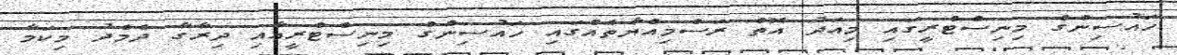
ހައުސިންގް މިނިސްޓްރީގައި މިއަދު އޮތް ރަސްމިއްޔާތެއްގައި ހައުސިންގް މިނިސްޓްރީއާއި ދިރާގާ ދެމެދު މިކަމާ